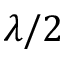
\lambda / 2